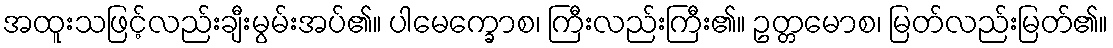
အထူးသဖြင့်လည်းချီးမွမ်းအပ်၏။ ပါမေက္ခောစ၊ ကြီးလည်းကြီး၏။ ဥတ္တမောစ၊ မြတ်လည်းမြတ်၏။